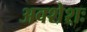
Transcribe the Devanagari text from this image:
अवशेशः